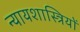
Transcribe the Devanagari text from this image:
न्यायशास्त्रियों